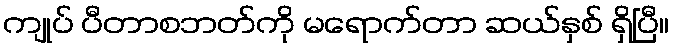
ကျုပ် ပီတာစဘတ်ကို မရောက်တာ ဆယ်နှစ် ရှိပြီ။